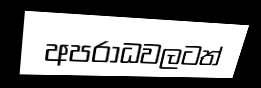
අපරාධවලටත්